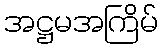
အဋ္ဌမအကြိမ်